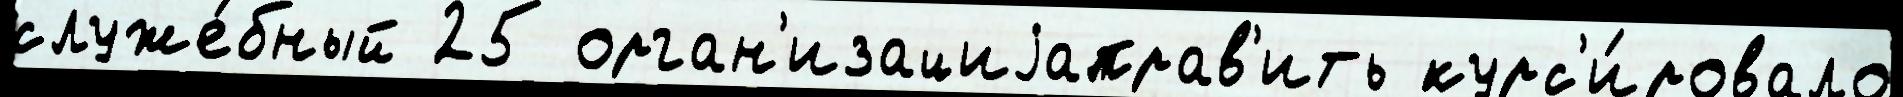
служе́бный 25 орган'изациjаправ'ить курс'и́ровало